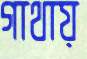
গাথায়